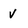
Character: v